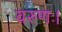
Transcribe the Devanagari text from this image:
वरुणः।